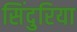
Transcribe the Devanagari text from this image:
सिंदुरिया